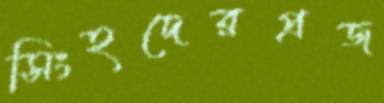
সিংহদেরপ্রজ